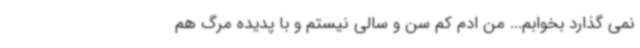
نمی گذارد بخوابم... من ادم‌ کم سن و سالی نیستم و با پدیده مرگ‌ هم